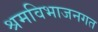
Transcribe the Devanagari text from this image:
श्रमविभाजनगत